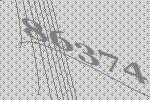
86374